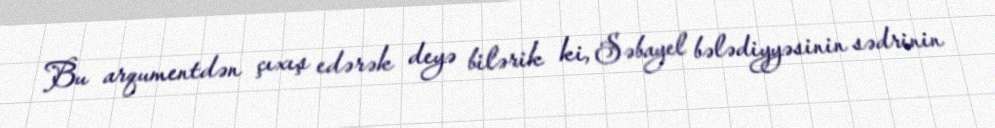
Bu arqumentdən çıxış edərək deyə bilərik ki, Səbayel bələdiyyəsinin sədrinin